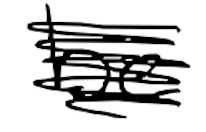
Text: by
Cross-out: scratch
Writing tool: digital_black